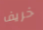
خريف